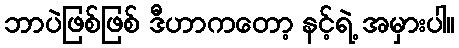
ဘာပဲဖြစ်ဖြစ် ဒီဟာကတော့ နင့်ရဲ့ အမှားပါ။